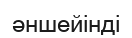
әншейінді